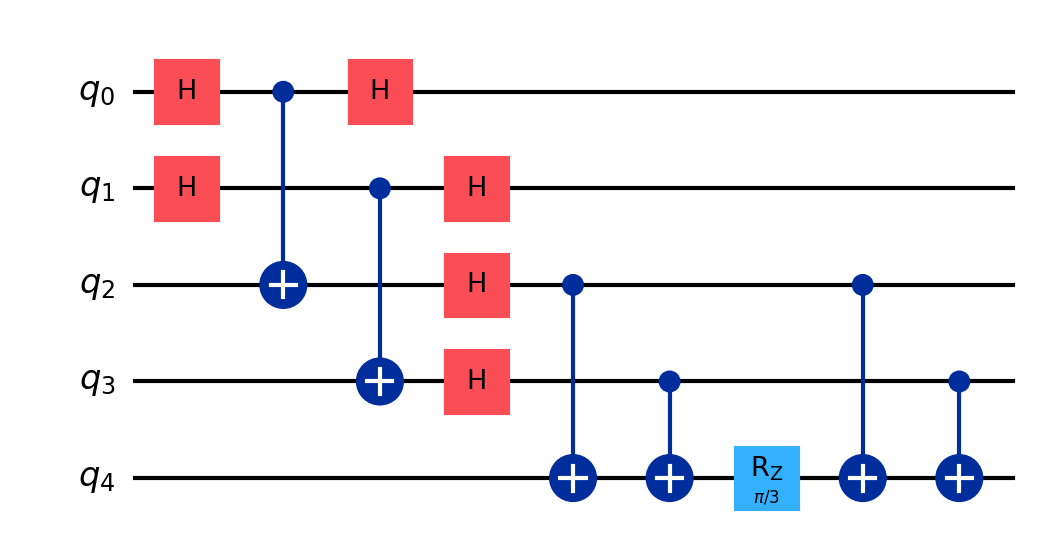
Description: Quantum oblivious transfer protocol
描述: 量子不经意传输协议
Category: blockchain (difficulty: advanced)
Qubits: 5, circuit depth: 8
Blockchain relevance: direct

Braket implementation:
import math
from braket.circuits import Circuit

circuit = Circuit()

# Layer 1: H on q0, q1
circuit.h(0)
circuit.h(1)

# Layer 2: CNOT q0->q2, CNOT q1->q3
circuit.cnot(0, 2)
circuit.cnot(1, 3)

# Layer 3: H on q0, q1, q2, q3
circuit.h(0)
circuit.h(1)
circuit.h(2)
circuit.h(3)

# Layer 4: CNOT q2->q4
circuit.cnot(2, 4)

# Layer 5: CNOT q3->q4
circuit.cnot(3, 4)

# Layer 6: Rz(pi/3) on q4
circuit.rz(4, math.pi / 3)

# Layer 7: CNOT q2->q4
circuit.cnot(2, 4)

# Layer 8: CNOT q3->q4
circuit.cnot(3, 4)

print(circuit)

Qiskit implementation:
import math
from qiskit import QuantumCircuit

circuit = QuantumCircuit(5)

# Layer 1: H on q0, q1
circuit.h(0)
circuit.h(1)

# Layer 2: CNOT q0->q2, CNOT q1->q3
circuit.cx(0, 2)
circuit.cx(1, 3)

# Layer 3: H on q0, q1, q2, q3
circuit.h(0)
circuit.h(1)
circuit.h(2)
circuit.h(3)

# Layer 4: CNOT q2->q4
circuit.cx(2, 4)

# Layer 5: CNOT q3->q4
circuit.cx(3, 4)

# Layer 6: Rz(pi/3) on q4
circuit.rz(math.pi / 3, 4)

# Layer 7: CNOT q2->q4
circuit.cx(2, 4)

# Layer 8: CNOT q3->q4
circuit.cx(3, 4)

print(circuit)